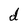
Character: d